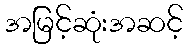
အမြင့်ဆုံးအဆင့်